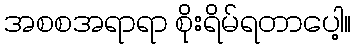
အစစအရာရာ စိုးရိမ်ရတာပေါ့။